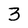
Character: 3